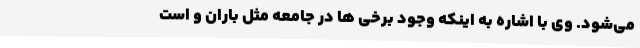
می‌شود. وی با اشاره به اینکه وجود برخی ها در جامعه مثل باران و است